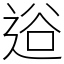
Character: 逧